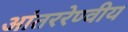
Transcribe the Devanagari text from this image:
आंतररेण्वीय